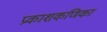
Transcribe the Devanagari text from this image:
प्रकाशकणिका